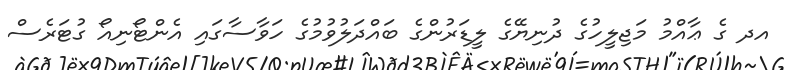
އދ ގެ ޢާއްމު މަޖިލީހުގެ ދުނިޔޭގެ ލީޑަރުންގެ ބައްދަލުވުމުގެ ހަވާސާގައި އެންޓޯނިއޯ ގުޓަރެސް